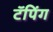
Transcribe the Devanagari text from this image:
टॅपिंग